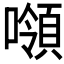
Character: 𰈼